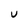
Character: U